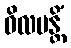
ဝိလပန္တိံ